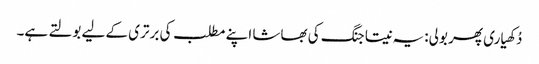
دُکھیاری پھر بولی: یہ نیتا جنگ کی بھاشا اپنے مطلب کی برتری کے لیے بولتے ہے۔